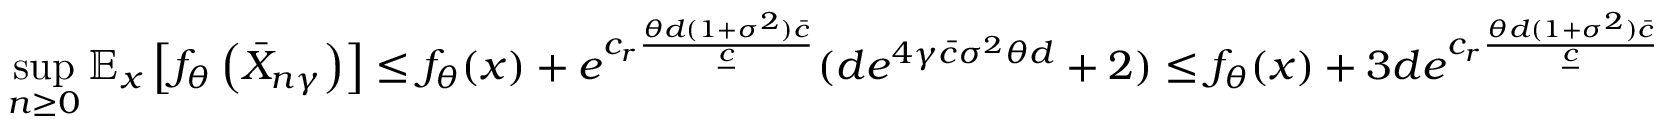
\operatorname* { s u p } _ { n \ge 0 } \mathbb { E } _ { x } \left[ f _ { \theta } \left( \bar { X } _ { n \gamma } \right) \right] \le f _ { \theta } ( x ) + e ^ { c _ { r } \frac { \theta d ( 1 + \sigma ^ { 2 } ) \bar { c } } { \underline { { c } } } } ( { d e ^ { { 4 \gamma \bar { c } \sigma ^ { 2 } \theta d } } } + 2 ) \le f _ { \theta } ( x ) + 3 d e ^ { c _ { r } \frac { \theta d ( 1 + \sigma ^ { 2 } ) \bar { c } } { \underline { { c } } } }